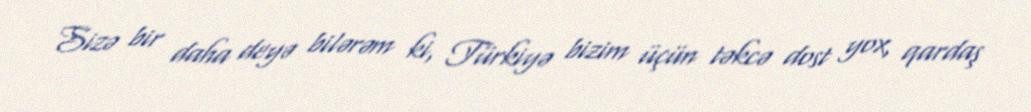
Sizə bir daha deyə bilərəm ki, Türkiyə bizim üçün təkcə dost yox, qardaş